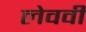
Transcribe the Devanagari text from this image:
लेववी